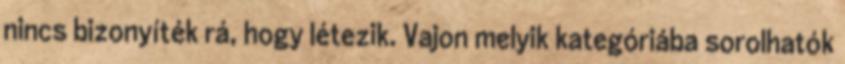
nincs bizonyíték rá, hogy létezik. Vajon melyik kategóriába sorolhatók